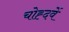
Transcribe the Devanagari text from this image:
चोह्दवें